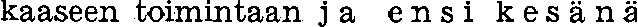
kaaseen toimintaan ja ensi kesänä